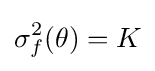
\sigma _{f}^{2}(\theta )=K